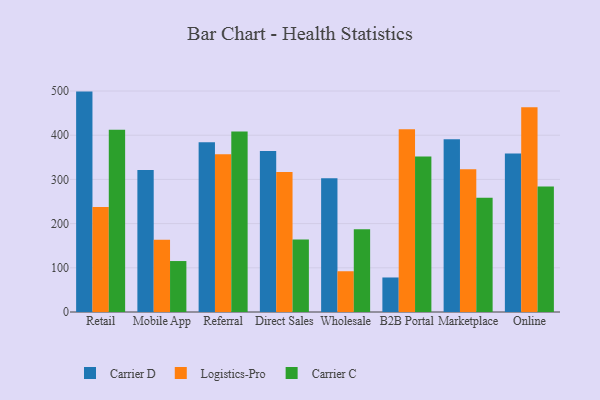
{"axis": {"x": "Channel", "y": "Inventory Turnover"}, "legend": ["Carrier C", "Carrier D", "Logistics-Pro"], "data": [{"x": "Retail", "y": 498.7, "type": "Carrier D"}, {"x": "Retail", "y": 237.4, "type": "Logistics-Pro"}, {"x": "Retail", "y": 412.5, "type": "Carrier C"}, {"x": "Mobile App", "y": 321.3, "type": "Carrier D"}, {"x": "Mobile App", "y": 163.3, "type": "Logistics-Pro"}, {"x": "Mobile App", "y": 115.3, "type": "Carrier C"}, {"x": "Referral", "y": 383.9, "type": "Carrier D"}, {"x": "Referral", "y": 356.9, "type": "Logistics-Pro"}, {"x": "Referral", "y": 408.7, "type": "Carrier C"}, {"x": "Direct Sales", "y": 364.2, "type": "Carrier D"}, {"x": "Direct Sales", "y": 316.9, "type": "Logistics-Pro"}, {"x": "Direct Sales", "y": 164.0, "type": "Carrier C"}, {"x": "Wholesale", "y": 302.9, "type": "Carrier D"}, {"x": "Wholesale", "y": 92.2, "type": "Logistics-Pro"}, {"x": "Wholesale", "y": 187.1, "type": "Carrier C"}, {"x": "B2B Portal", "y": 78.1, "type": "Carrier D"}, {"x": "B2B Portal", "y": 413.3, "type": "Logistics-Pro"}, {"x": "B2B Portal", "y": 351.6, "type": "Carrier C"}, {"x": "Marketplace", "y": 391.0, "type": "Carrier D"}, {"x": "Marketplace", "y": 323.0, "type": "Logistics-Pro"}, {"x": "Marketplace", "y": 258.3, "type": "Carrier C"}, {"x": "Online", "y": 358.9, "type": "Carrier D"}, {"x": "Online", "y": 463.5, "type": "Logistics-Pro"}, {"x": "Online", "y": 284.2, "type": "Carrier C"}]}